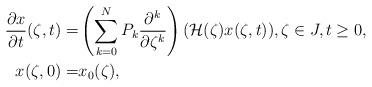
LaTeX: \begin{align*}\frac{\partial x}{\partial t}(\zeta,t) =& \left(\sum_{k=0}^N P_k \frac{\partial^k}{\partial \zeta^k} \right) ({\cal H}({\zeta})x(\zeta,t)),\zeta \in J, t\ge 0,\\x(\zeta,0) =& x_0(\zeta),\end{align*}